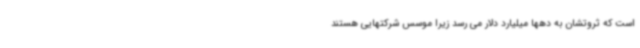
است که ثروتشان به دهها میلیارد دلار می رسد زیرا موسس شرکتهایی هستند